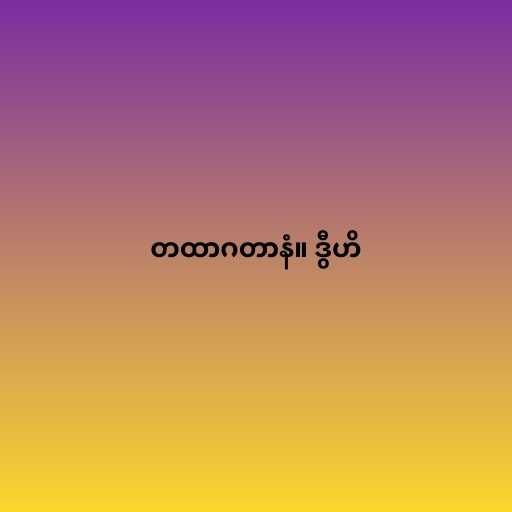
တထာဂတာနံ။ ဒွီဟိ